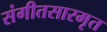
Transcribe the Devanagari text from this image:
संगीतसारमृत